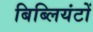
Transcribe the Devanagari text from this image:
बिब्लियंटों